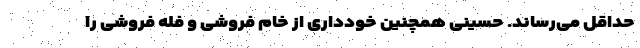
حداقل می‌رساند. حسینی همچنین خودداری از خام فروشی و فله فروشی را